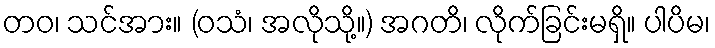
တဝ၊ သင်အား။ (ဝသံ၊ အလိုသို့။) အဂတိ၊ လိုက်ခြင်းမရှိ။ ပါပိမ၊